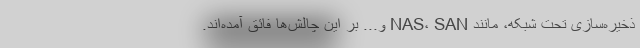
ذخیره‌سازی تحت شبکه، مانند NAS، SAN و... بر این چالش‌ها فائق آمده‌اند.